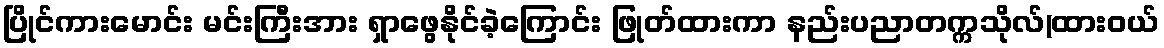
ပြိုင်ကားမောင်း မင်းကြီးအား ရှာဖွေနိုင်ခဲ့ကြောင်း ဖြုတ်ထားကာ နည်းပညာတက္ကသိုလ်(ထားဝယ်